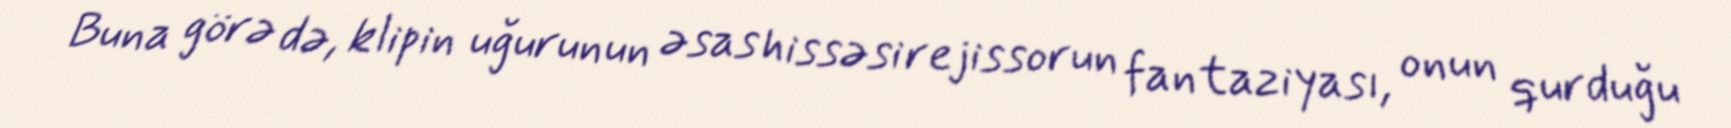
Buna görə də, klipin uğurunun əsas hissəsi rejissorun fantaziyası, onun qurduğu